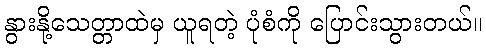
နွားနို့သေတ္တာထဲမှ ယူရတဲ့ ပုံစံကို ပြောင်းသွားတယ်။